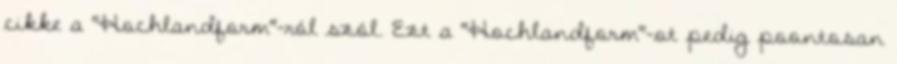
cikke a "Hochlandform"-ról szól. Ezt a "Hochlandform"-ot pedig poontosan